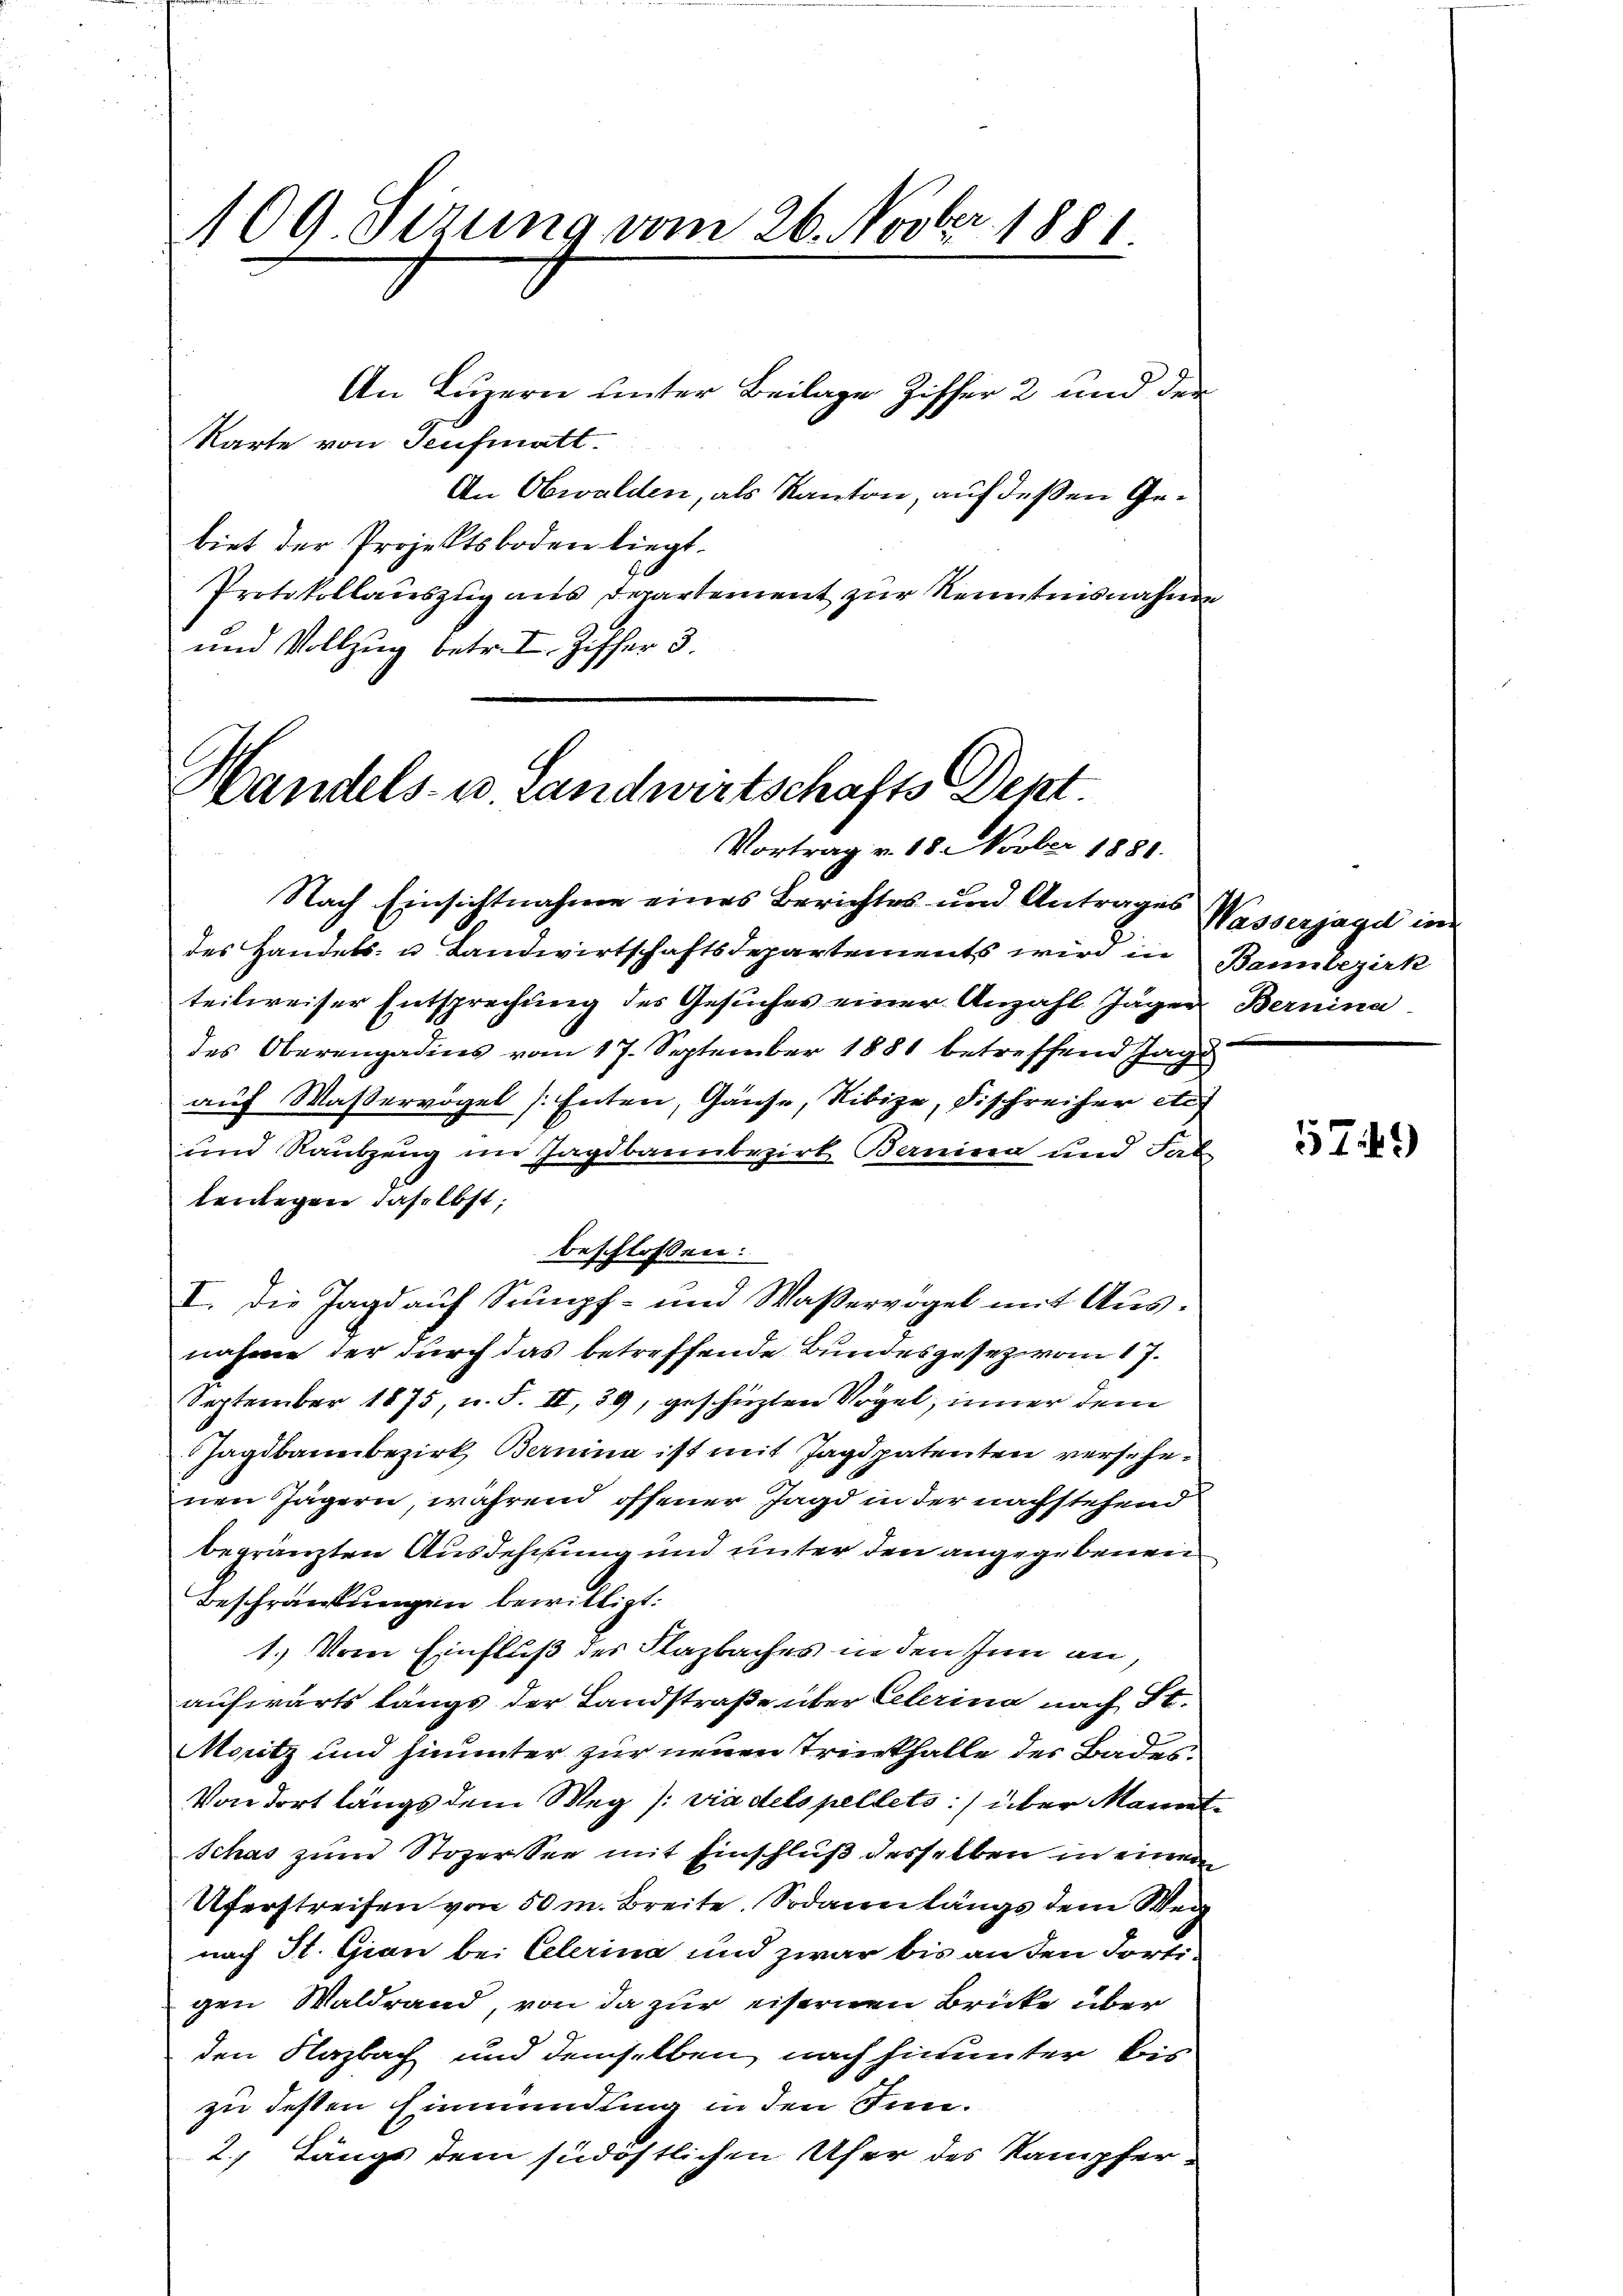
109. Sizung vom 26. Novbr. 1881

An Luzern unter Beilage Ziffer 2 und der
Karte von Seufmatt.
An Obwalden, als Kanton, auf deßen Gebiet der Projektsboden liegt.
Protokollauszug aus Departement zur Kenntnisnahme
und Vollzug betr. I. Ziffer 3.

Handels- u. Landwirtschafts Dent
Vortrag v. 18 Novber 1881.

Nach Einsichtnahme eines Berichtes und Antrages
des Handels- u Landwirtschaftsdepartements wird in Bannbezirk
teilweiser Entsprechung des Gesuches einer Anzahl Jäger Bernina
des Oberengadins vom 17. September 1881 betreffend Jage
auf Wasservögel (Enten, Gänse, Nibize, Fischreifer etc.
und Raubzeug im Jagdbannbezirk Bernina und Sal
bewegen daselbst;
beschlossen:
I. Die Jagd auf Sumpf- und Wasservogel mit Ausnahme der durch das betreffende Bundesgesez von 17.
September 1875, u. F. II, 39, geschüzten Vogel, inner dem
Jagdbauerbezirk Bernina ist mit Jagdpatenten versehenen Jägern, während offener Jagd in der nachstehend
begränzten Ausdehnung und unter den angegebenen
Beschränkungen bewilligt:
1.) Vom Einfluß des Flazbaches in den Inn an
aufwärts längs der Landstraße über Celerina nach St.
Moritz und hinunter zur neuen Trinkfalle des Bades¬
Von dort längs dem Weg /: via delspellets. über Mannt
Schas zum Stozersee mit Einschluß desselben in einem
Uferstreifen von 50 m. Breite. Sodann längs dem Wer
nach St. Gian bei Celerina und zwar bis an den dortigen Waldrand, von da zur eisernen Brücke über
den Flazbach und demselben nach hinunter kirzu dessen Einmündung in den Inn¬
2. Längs dem südöstlichen Ufer des Kampfer¬

Wasserjagd in

579)